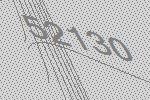
52130